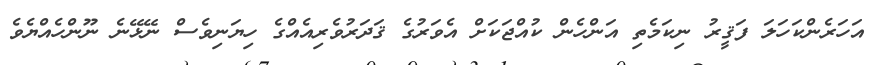
އަހަރެންކަހަލަ ފަޤީރު ނިކަމެތި އަންހެން ކުއްޖަކަށް އެވަރުގެ ޤަދަރުވެރިއެއްގެ ހިޔަނިވެސް ނޭޅޭނެ ނޫންހެއްޔެވެ